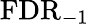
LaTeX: \mathrm{FDR}_{-1}